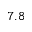
7 . 8